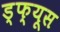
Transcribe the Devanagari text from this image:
ड्फ्यूस